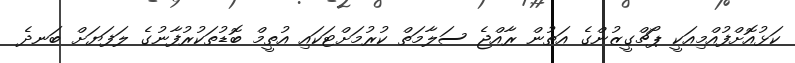
ކަޅުއޮށްފުއްމިއަކީ ޕޯޗްގީޒުންގެ އަތުން ރާއްޖެ ސަލާމަތް ކުރުމަށްޓަކައި އުތީމް ބޮޑުތަކުރުފާނުގެ ލަފަޔަށް ބަނދެ